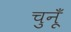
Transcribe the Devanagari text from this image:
चुनूँ